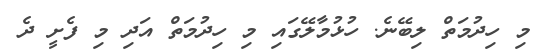
މި ހިދުމަތް ލިބޭނެ. ހުޅުމާލޭގައި މި ހިދުމަތް އަދި މި ފެށީ ދެ